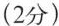
(2分)